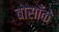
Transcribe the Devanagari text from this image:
बोसाँके